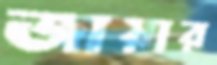
জায়ার